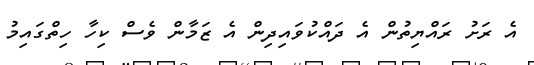
އެ ރަށު ރައްޔިތުން އެ ދައްކުވައިދިން އެ ޒަމާން ވެސް ކިހާ ހިތްގައިމު